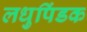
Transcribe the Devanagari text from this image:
लधुपिंडक